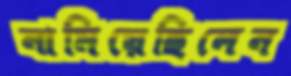
নামিয়েছিলেন